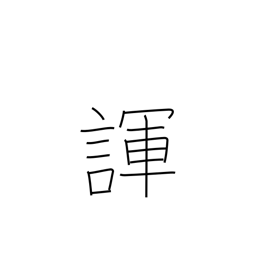
Meaning: joke